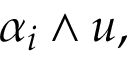
\alpha _ { i } \wedge u ,